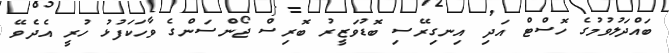
ބައްދަލުވުމުގެ ހޮސްޓް އަދި އިނގިރޭސި ބޮޑުވަޒީރު ބޮރިސް ޖޯންސަންގެ ވާހަކަފުޅު ހުރީ އެދެވޭ